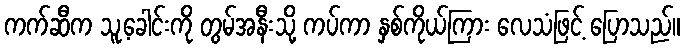
ကက်ဆီက သူ့ခေါင်းကို တွမ်အနီးသို့ ကပ်ကာ နှစ်ကိုယ်ကြား လေသံဖြင့် ပြောသည်။